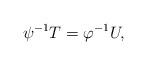
LaTeX: \begin{align*}\psi^{-1}T = \varphi^{-1}U,\end{align*}